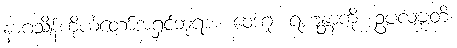
နာဂသိန်ကိုယ်တော်အရှင်ဘုရား။ ဝေဒဂူ၊ ရဟန္တာကို။ ဥပလဗ္ဘတိ၊